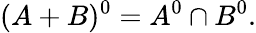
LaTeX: (A+B)^{0}=A^{0}\cap B^{0}.